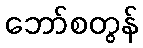
ဘော်စတွန်